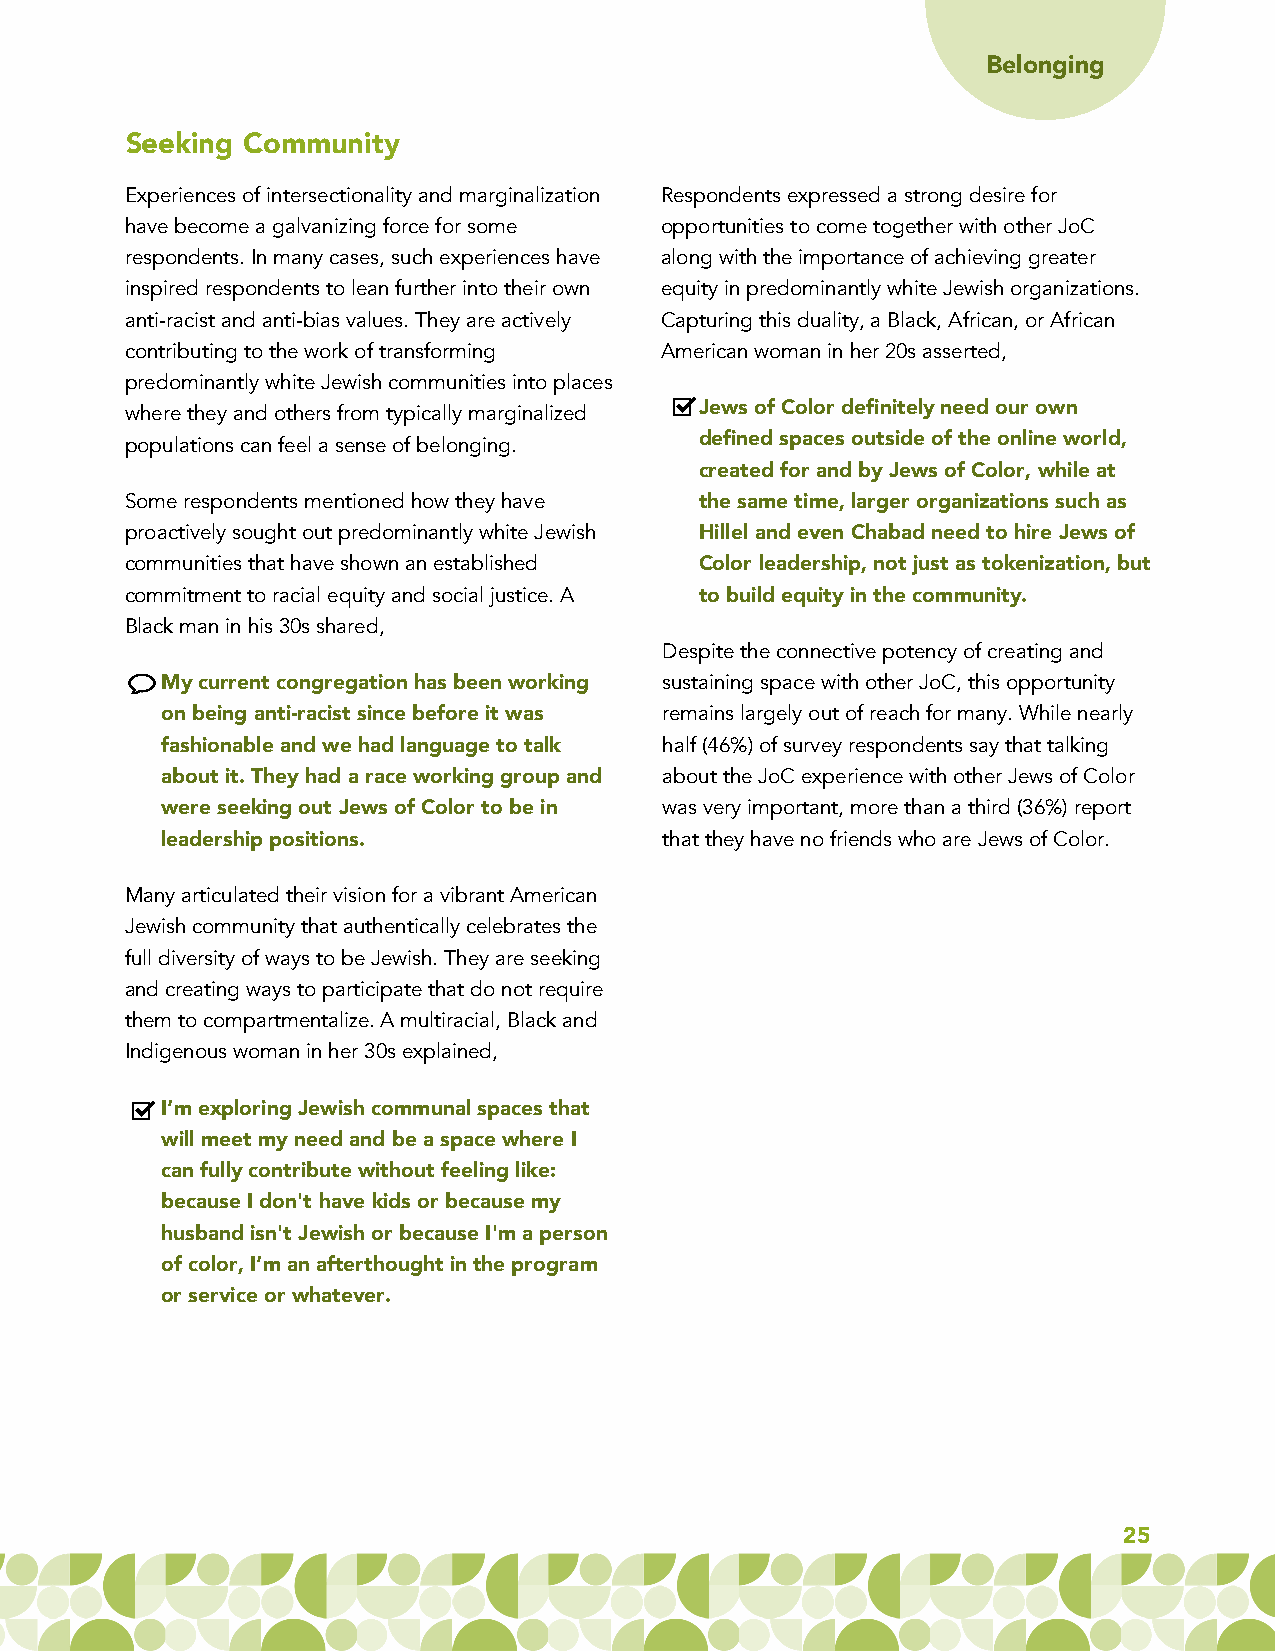
Belonging
 Seeking Community
 Experiences of intersectionality and marginalization Respondents expressed a strong desire for
 have become a galvanizing force for some opportunities to come together with other JoC
 respondents. In many cases, such experiences have along with the importance of achieving greater
 inspired respondents to lean further into their own equity in predominantly white Jewish organizations.
 anti-racist and anti-bias values. They are actively Capturing this duality, a Black, African, or African
 contributing to the work of transforming American woman in her 20s asserted,
 predominantly white Jewish communities into places
 where they and others from typically marginalized Jews of Color definitely need our own
 defined spaces outside of the online world,
 populations can feel a sense of belonging.
 created for and by Jews of Color, while at
 Some respondents mentioned how they have the same time, larger organizations such as
 proactively sought out predominantly white Jewish Hillel and even Chabad need to hire Jews of
 communities that have shown an established Color leadership, not just as tokenization, but
 commitment to racial equity and social justice. A to build equity in the community.
 Black man in his 30s shared,
 Despite the connective potency of creating and
 My current congregation has been working sustaining space with other JoC, this opportunity
 on being anti-racist since before it was remains largely out of reach for many. While nearly
 fashionable and we had language to talk half (46%) of survey respondents say that talking
 about it. They had a race working group and about the JoC experience with other Jews of Color
 were seeking out Jews of Color to be in was very important, more than a third (36%) report
 leadership positions.            that they have no friends who are Jews of Color.
 Many articulated their vision for a vibrant American
 Jewish community that authentically celebrates the
 full diversity of ways to be Jewish. They are seeking
 and creating ways to participate that do not require
 them to compartmentalize. A multiracial, Black and
 Indigenous woman in her 30s explained,
 I’m exploring Jewish communal spaces that
 will meet my need and be a space where I
 can fully contribute without feeling like:
 because I don't have kids or because my
 husband isn't Jewish or because I'm a person
 of color, I’m an afterthought in the program
 or service or whatever.
 25